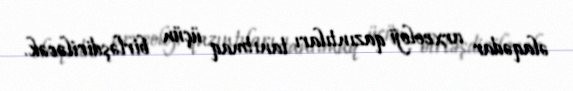
əlaqədar arxeoloji qazıntıları tanıtmaq üçün birləşdiriləcək.